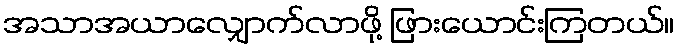
အသာအယာလျှောက်လာဖို့ ဖြားယောင်းကြတယ်။